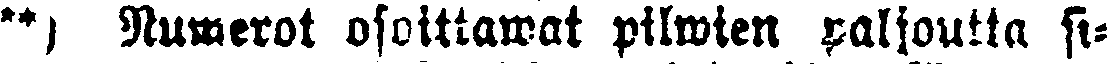
*) Numerot osoittawat pilwien paljoutta si-